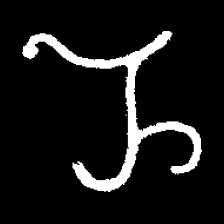
Pyu character \u2014 Myanmar letter: ည (romanized: nya)